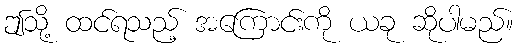
ဤသို့ ထင်ရသည့် အကြောင်းကို ယခု ဆိုပါမည်။